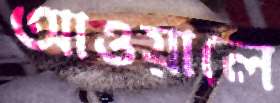
আওয়ালে